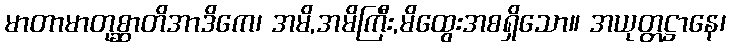
မာတာမာတုစ္ဆာတိအာဒိကေ၊ အမိ,အမိကြီး,မိထွေးအစရှိသော။ အယုတ္တဋ္ဌာနေ၊